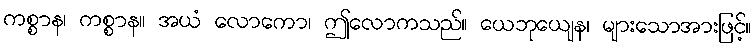
ကစ္စာန၊ ကစ္စာန။ အယံ လောကော၊ ဤလောကသည်။ ယေဘုယျေန၊ များသောအားဖြင့်။